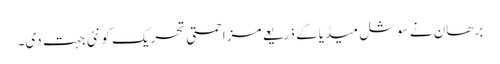
برھان نے سوشل میڈیا کے ذریعے مزاحمتی تحریک کو نئی جہت دی۔